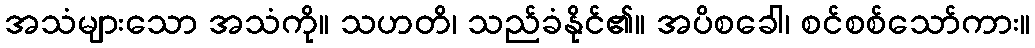
အသံများသော အသံကို။ သဟတိ၊ သည်ခံနိုင်၏။ အပိစခေါ၊ စင်စစ်သော်ကား။